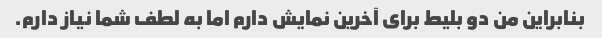
بنابراین من دو بلیط برای آخرین نمایش دارم اما به لطف شما نیاز دارم.